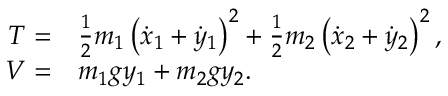
\begin{array} { r l } { T = } & { { } \frac { 1 } { 2 } m _ { 1 } \left( \dot { x } _ { 1 } + \dot { y } _ { 1 } \right) ^ { 2 } + \frac { 1 } { 2 } m _ { 2 } \left( \dot { x } _ { 2 } + \dot { y } _ { 2 } \right) ^ { 2 } , } \\ { V = } & { { } m _ { 1 } g y _ { 1 } + m _ { 2 } g y _ { 2 } . } \end{array}